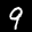
Label: 9